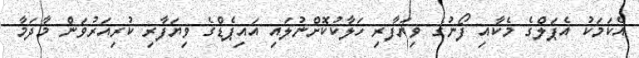
އެކަމަކު އެޕަލްގެ މެކާއި ފޯނުގެ ވިޔަފާރި ހަލާކުކޮށްނުލައި އައިޕެޑްގެ ވިޔަފާރި ކުރިއަރުވަން މާދަމާ